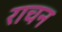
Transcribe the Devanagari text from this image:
राचन